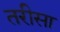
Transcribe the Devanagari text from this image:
तरीसा